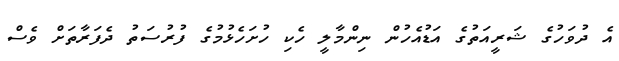
އެ ދުވަހުގެ ޝަރީއަތުގެ އަޑުއެހުން ނިންމާލީ ހެކި ހުށަހެޅުމުގެ ފުރުސަތު ދެފަރާތަށް ވެސް